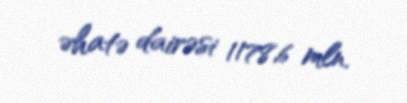
əhatə dairəsi 1178,6 mln.